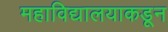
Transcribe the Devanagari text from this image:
महाविद्यालयाकडून